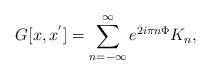
LaTeX: \begin{align*}G[x,x^{'}] = \sum_{n=-\infty}^{\infty} e^{2i\pi n \Phi} K_n,\end{align*}